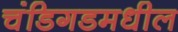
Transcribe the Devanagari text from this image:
चंडिगडमधील